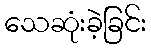
သေဆုံးခဲ့ခြင်း